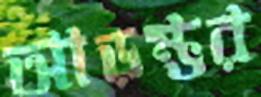
আড়ম্ভর